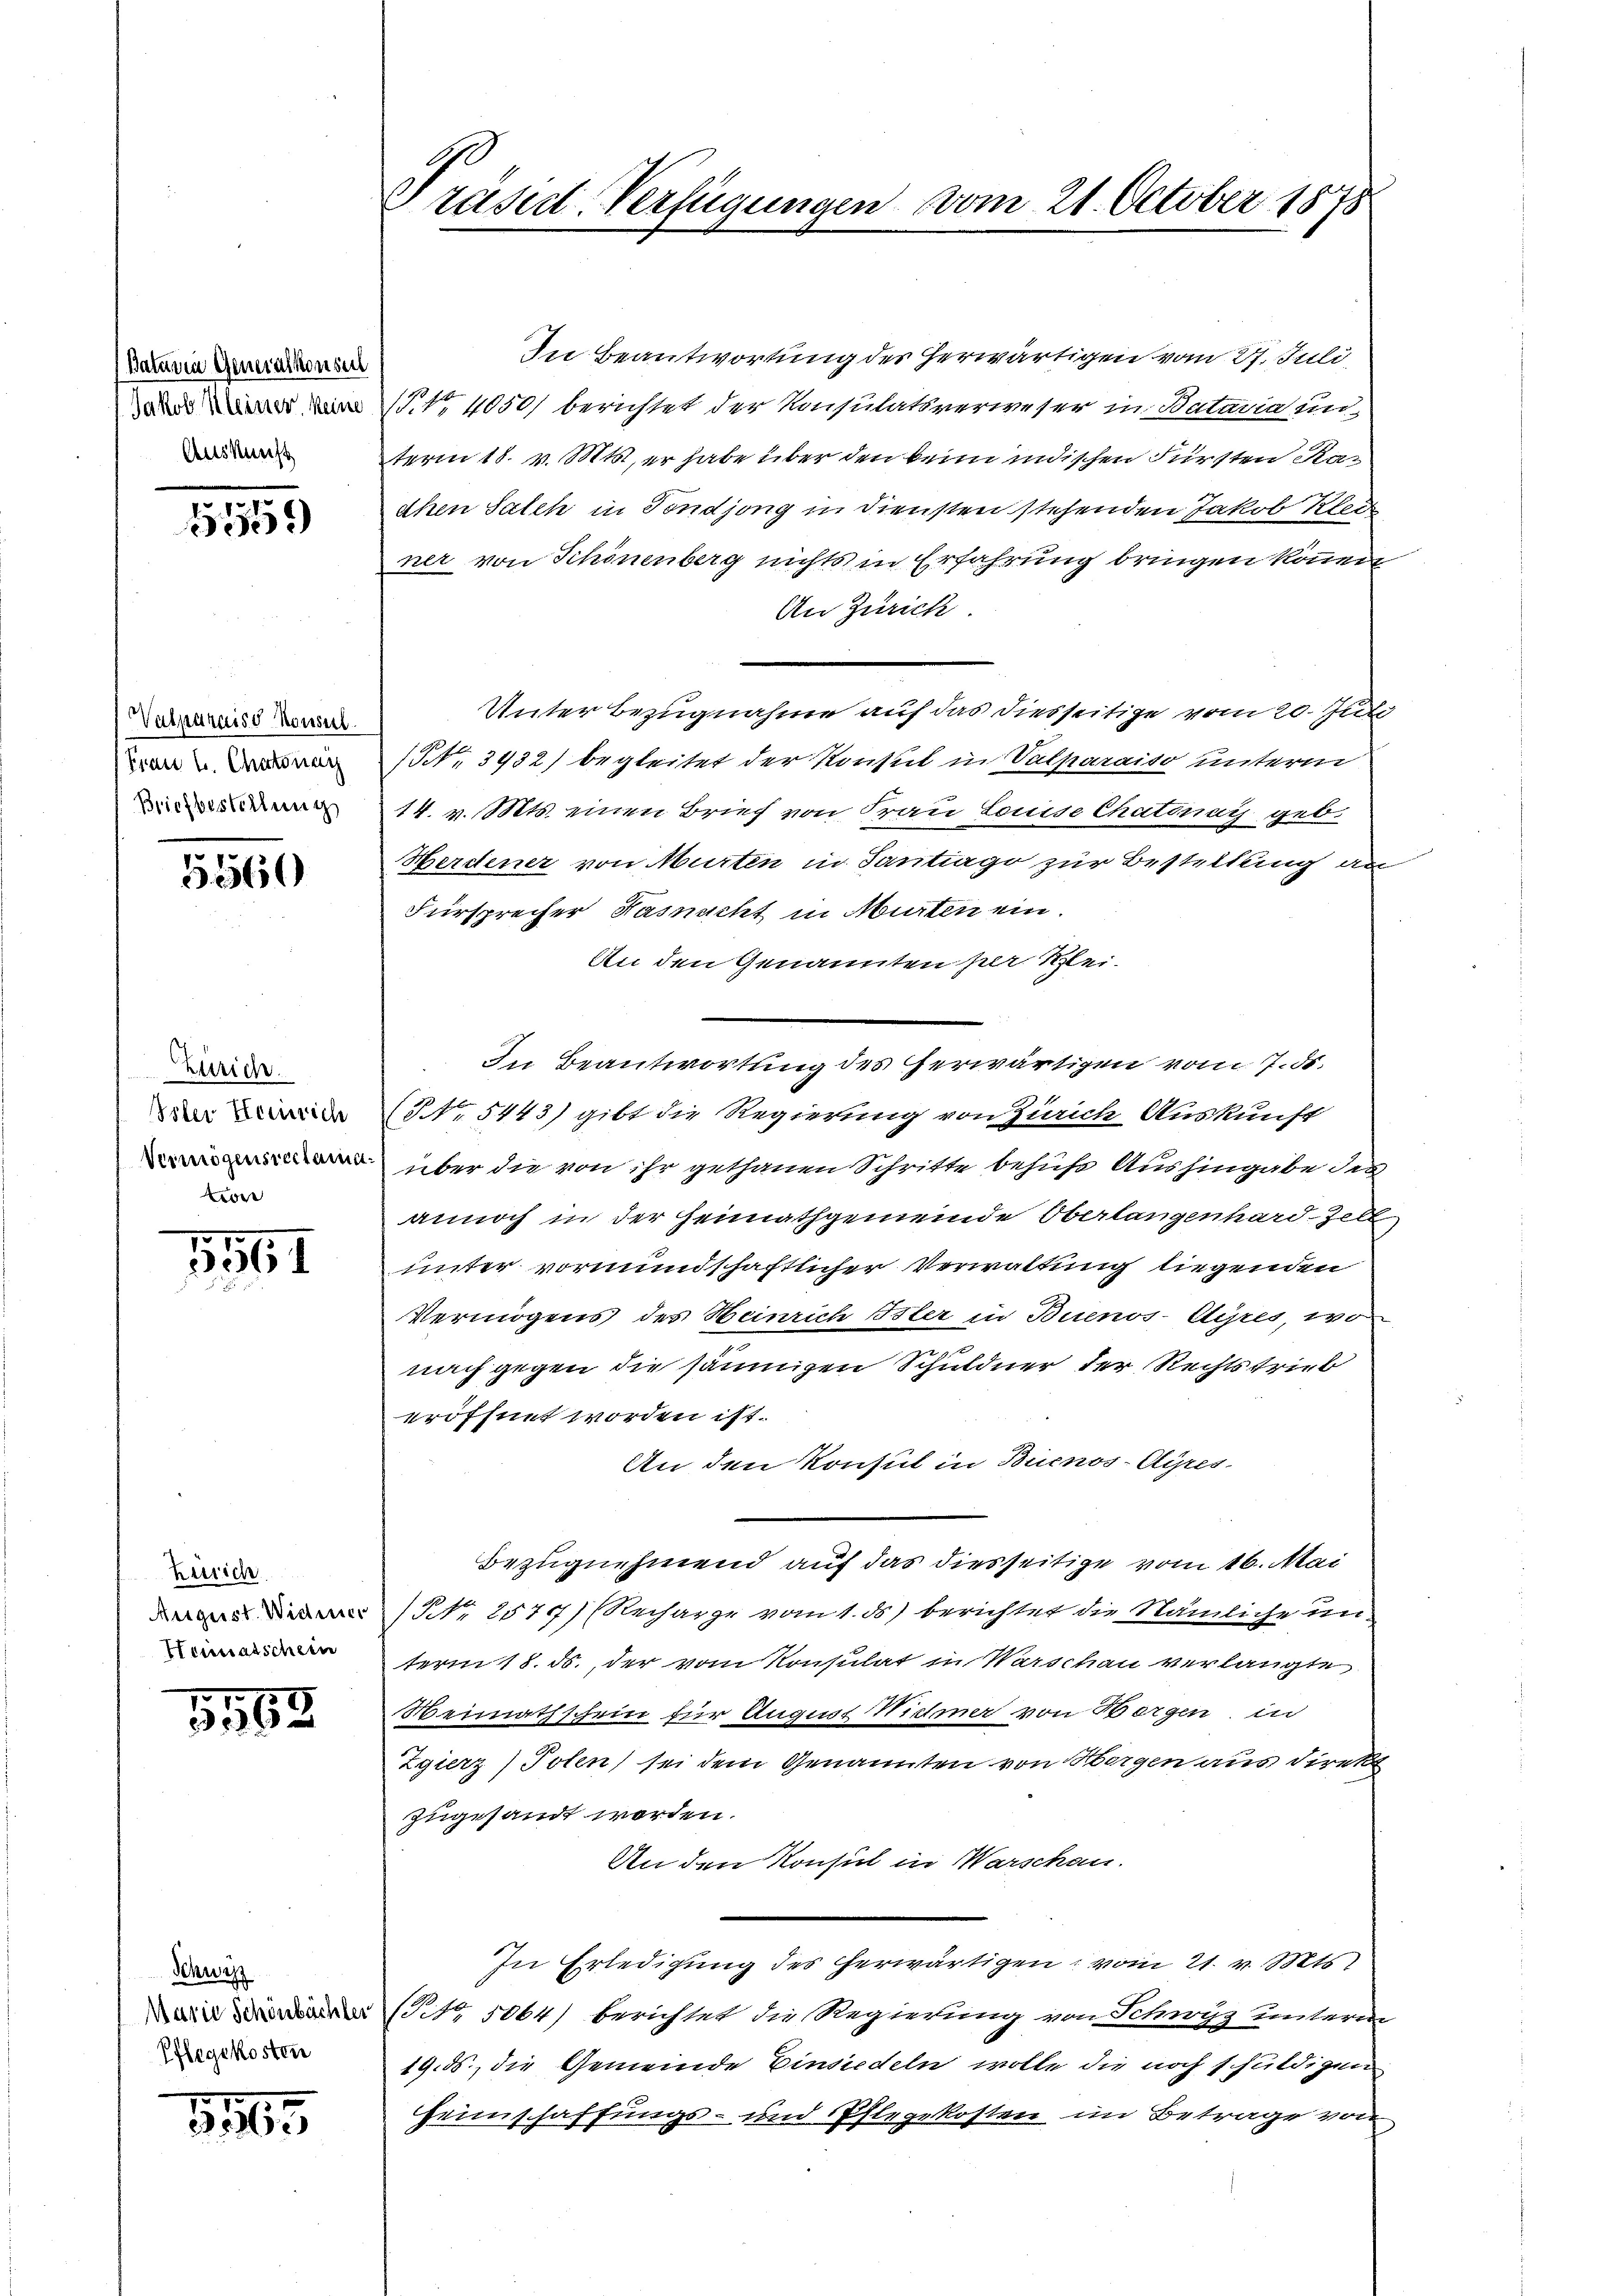
Batavia Generalkonseil
Jakob Kleiner keine
Auskunft

.
1509)

Valparaiso konsul
Frau u. Chitonag
Briefbestellung

5560

Zürich.
Isler Heinrich
Vermögensreclama
wor

5561

Zürich
August. Widerer
Heimatschein

1563

Schutz
Maria Schönbüchler
Pflegekosten

1165

Präsid-Verfügungen vom 21. October 1878

In Beantwortung der herwärtigen vom 27. Juli,
4 4050) berichtet der Konsulatsverweser in Bataria unterm 18. v. Mts., er habe über den beim indischen Fürsten Raahen Salch in Fondjong in Diensten stehenden Jakob Klede
ner von Schönenberg nichts in Erfahrung bringen können
An Zürich
Unterbezugnahme auf das diesseitige vom 20. Juli
NNo. 3932) begleitet der Konsul in Valparaiso unterm
14. v. Mts. einen Brief von Frau Louise Chatinay geb.
Herdener von Murten in Santiago zur Bestellung an
Fürsprecher Hasnacht in Murten ein
An den Genannten per Klei-
(No 5443) gibt die Regierung von Zürich Auskunft
über die von ihr gethanen Schritte behufs Aushingabe des
annoch in der Heimathgemeinde Oberlangenhard-Zell
unter vormundschaftlicher Verwaltung liegenden
Vermögens des Heinrich Isler in Buenos-Ayres, wo
nach gegen die säumigen Schuldner der Rechtstrieb
eröffnet worden ist.
An den Konsul in Buenos-Ayres
Bezugnehmend auf das diesseitige vom 16. Mai
(Nr. 257 (Recharge vom 1. ds. berichtet die Nämliche unterm 18. ds., der vom Konsulat in Warschau verlangte
Weimathschein für August Nichmer von Horgen in
Zgierz) Polen) sei dem Genannten von Horgen aus direkt
zugesandt worden.
An den Konsul in Warschau.
In Erledigung des herwärtigen, vom 21. v. Mts.
P. Nr. 5064) berichtet die Regierung von Schwyz unterm
19. ds., die Gemeinde Einsiedeln wolle die noch schuldigen
Heimschaffungs- und Ehlegekosten im Betrage von

In Beantwortung des herwärtigen vom 7. ds.